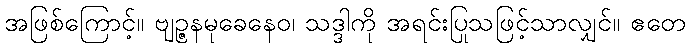
အဖြစ်ကြောင့်။ ဗျဉ္ဇနမုခေနေဝ၊ သဒ္ဒါကို အရင်းပြုသဖြင့်သာလျှင်။ ဧတေ